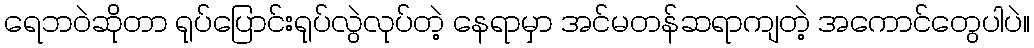
ရေဘဝဲဆိုတာ ရုပ်ပြောင်းရုပ်လွဲလုပ်တဲ့ နေရာမှာ အင်မတန်ဆရာကျတဲ့ အကောင်တွေပါပဲ။